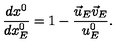
\frac { d x ^ { 0 } } { d x _ { E } ^ { 0 } } = 1 - \frac { \vec { u } _ { E } \vec { v } _ { E } } { u _ { E } ^ { 0 } } .